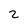
Character: 2